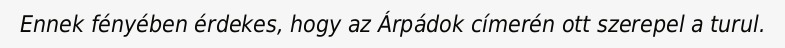
Ennek fényében érdekes, hogy az Árpádok címerén ott szerepel a turul.